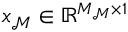
\boldsymbol { x } _ { \mathcal { M } } \in \mathbb { R } ^ { M _ { \mathcal { M } } \times 1 }